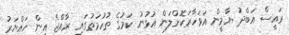
ރައީސް އަބްދު ޔާމީން އަވަހާރަކޮށްލަން އުޅުނު ކަމުގެ ތުހުމަތުގައި ރާއްޖެ އިން ހައްޔަރު